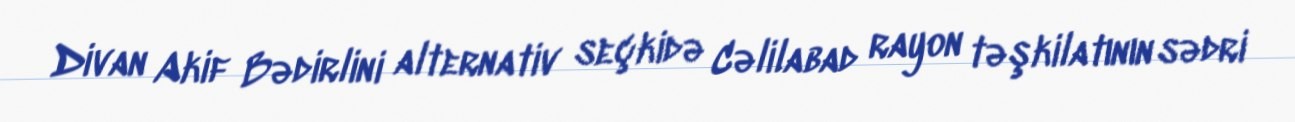
Divan Akif Bədirlini alternativ seçkidə Cəlilabad rayon təşkilatının sədri